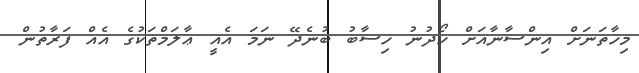
މިހާތަނަށް އިންސާނާއަށް ހޯދުނު ހިސާބު ބުނެދޭ ނަމަ އެއީ ޢާލަމްތަކުގެ އެއް ފަރާތުން